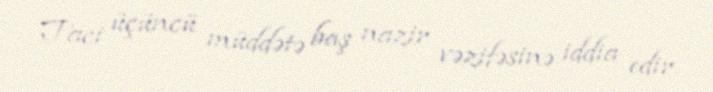
Taci üçüncü müddətə baş nazir vəzifəsinə iddia edir.